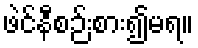
ဖဲင်နီစဉ်းစား၍မရ။